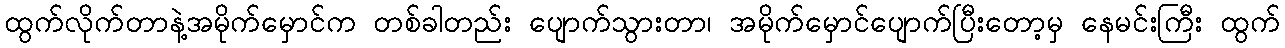
ထွက်လိုက်တာနဲ့အမိုက်မှောင်က တစ်ခါတည်း ပျောက်သွားတာ၊ အမိုက်မှောင်ပျောက်ပြီးတော့မှ နေမင်းကြီး ထွက်